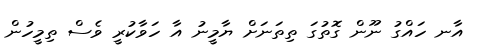
އާނ ހައްގު ނޫން ގޮތުގަ ތިތަނަށް ޔާމީނު އާ ހަވާކުރީ ވެސް ތިމީހުން